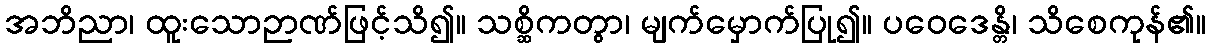
အဘိညာ၊ ထူးသောဉာဏ်ဖြင့်သိ၍။ သစ္ဆိကတွာ၊ မျက်မှောက်ပြု၍။ ပဝေဒေန္တိ၊ သိစေကုန်၏။